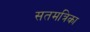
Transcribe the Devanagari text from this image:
सतमत्रिका